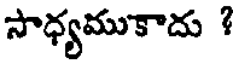
సాధ్యముకాదు ?